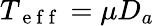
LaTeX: T_{\mathrm{~e~f~f~}}=\mu D_{a}